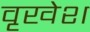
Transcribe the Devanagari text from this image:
वृखेश